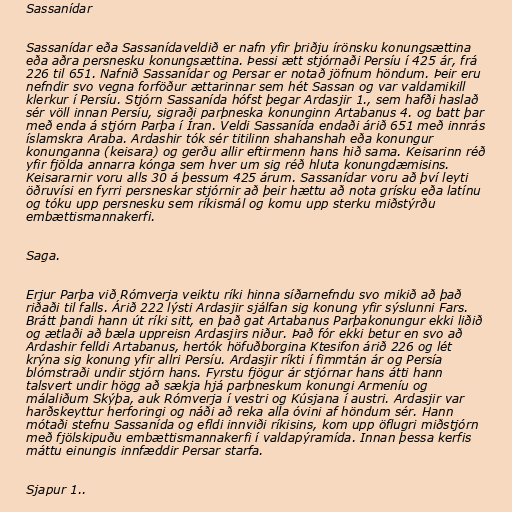
Sassanídar

Sassanídar eða Sassanídaveldið er nafn yfir þriðju írönsku konungsættina
eða aðra persnesku konungsættina. Þessi ætt stjórnaði Persíu í 425 ár, frá
226 til 651. Nafnið Sassanídar og Persar er notað jöfnum höndum. Þeir eru
nefndir svo vegna forföður ættarinnar sem hét Sassan og var valdamikill
klerkur í Persíu. Stjórn Sassanída hófst þegar Ardasjir 1., sem hafði haslað
sér völl innan Persíu, sigraði parþneska konunginn Artabanus 4. og batt þar
með enda á stjórn Parþa í Íran. Veldi Sassanída endaði árið 651 með innrás
íslamskra Araba. Ardashir tók sér titilinn shahanshah eða konungur
konunganna (keisara) og gerðu allir eftirmenn hans hið sama. Keisarinn réð
yfir fjölda annarra kónga sem hver um sig réð hluta konungdæmisins.
Keisararnir voru alls 30 á þessum 425 árum. Sassanídar voru að því leyti
öðruvísi en fyrri persneskar stjórnir að þeir hættu að nota grísku eða latínu
og tóku upp persnesku sem ríkismál og komu upp sterku miðstýrðu
embættismannakerfi.

Saga.

Erjur Parþa við Rómverja veiktu ríki hinna síðarnefndu svo mikið að það
riðaði til falls. Árið 222 lýsti Ardasjir sjálfan sig konung yfir sýslunni Fars.
Brátt þandi hann út ríki sitt, en það gat Artabanus Parþakonungur ekki liðið
og ætlaði að bæla uppreisn Ardasjirs niður. Það fór ekki betur en svo að
Ardashir felldi Artabanus, hertók höfuðborgina Ktesifon árið 226 og lét
krýna sig konung yfir allri Persíu. Ardasjir ríkti í fimmtán ár og Persía
blómstraði undir stjórn hans. Fyrstu fjögur ár stjórnar hans átti hann
talsvert undir högg að sækja hjá parþneskum konungi Armeníu og
málaliðum Skýþa, auk Rómverja í vestri og Kúsjana í austri. Ardasjir var
harðskeyttur herforingi og náði að reka alla óvini af höndum sér. Hann
mótaði stefnu Sassanída og efldi innviði ríkisins, kom upp öflugri miðstjórn
með fjölskipuðu embættismannakerfi í valdapýramída. Innan þessa kerfis
máttu einungis innfæddir Persar starfa.

Sjapur 1..